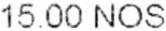
15.00 NOS